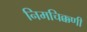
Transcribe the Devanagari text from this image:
निमचिक्कणी